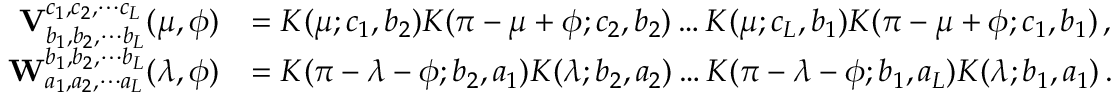
\begin{array} { r l } { \mathbf { V } _ { b _ { 1 } , b _ { 2 } , \cdots b _ { L } } ^ { c _ { 1 } , c _ { 2 } , \cdots c _ { L } } ( \mu , \phi ) } & { = K ( \mu ; c _ { 1 } , b _ { 2 } ) K ( \pi - \mu + \phi ; c _ { 2 } , b _ { 2 } ) \ldots K ( \mu ; c _ { L } , b _ { 1 } ) K ( \pi - \mu + \phi ; c _ { 1 } , b _ { 1 } ) \, , } \\ { \mathbf { W } _ { a _ { 1 } , a _ { 2 } , \cdots a _ { L } } ^ { b _ { 1 } , b _ { 2 } , \cdots b _ { L } } ( \lambda , \phi ) } & { = K ( \pi - \lambda - \phi ; b _ { 2 } , a _ { 1 } ) K ( \lambda ; b _ { 2 } , a _ { 2 } ) \ldots K ( \pi - \lambda - \phi ; b _ { 1 } , a _ { L } ) K ( \lambda ; b _ { 1 } , a _ { 1 } ) \, . } \end{array}